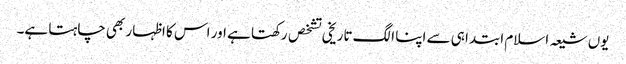
یوں شیعہ اسلام ابتدا ہی سے اپنا الگ تاریخی تشخص رکھتا ہے اور اس کا اظہار بھی چاہتا ہے۔